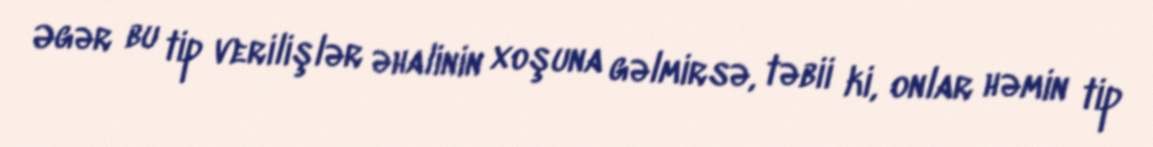
Əgər bu tip verilişlər əhalinin xoşuna gəlmirsə, təbii ki, onlar həmin tip